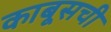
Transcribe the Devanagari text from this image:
काबूसची